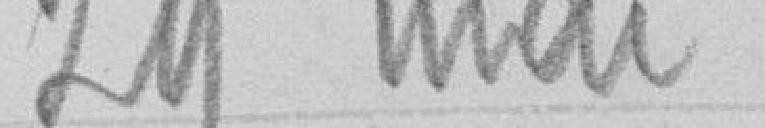
29 mai 1897